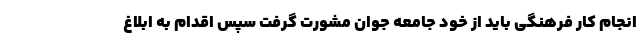
انجام کار فرهنگی باید از خود جامعه جوان مشورت گرفت سپس اقدام به ابلاغ